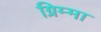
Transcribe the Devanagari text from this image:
ग्रिम्मा